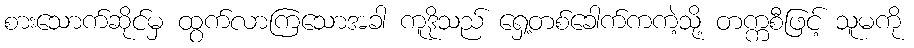
စားသောက်ဆိုင်မှ ထွက်လာကြသောအခါ ကူဒိုသည် ရှေ့တစ်ခေါက်ကကဲ့သို့ တက္ကစီဖြင့် သူမကို